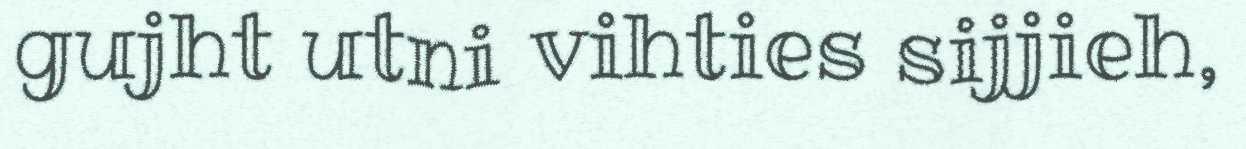
gujht utni vihties sijjieh,